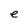
Character: e